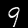
Label: 9